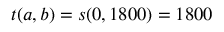
t ( a , b ) = s ( 0 , 1 8 0 0 ) = 1 8 0 0